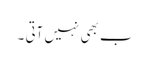
ب بھی نہیں آتی ۔